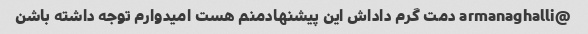
@armanaghalli دمت گرم داداش این پیشنهادمنم هست امیدوارم توجه داشته باشن